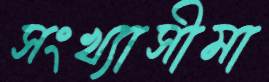
সংখ্যাসীমা